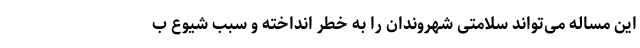
این مساله می‌تواند سلامتی شهروندان را به خطر انداخته و سبب شیوع ب